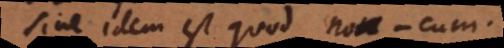
e idem est quod non-cum.